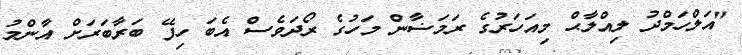
"އަލްހަމްދު ލިއްލާޙް މިއަހަރުގެ ރަމަޟާން މަހުގެ ރޯދަވެސް އެބަ ހިފޭ ބަރާބަރަށް އާންމު